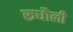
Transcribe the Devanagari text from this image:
रूधौली